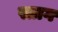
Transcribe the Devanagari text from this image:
स्प्राग